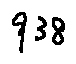
9 3 8